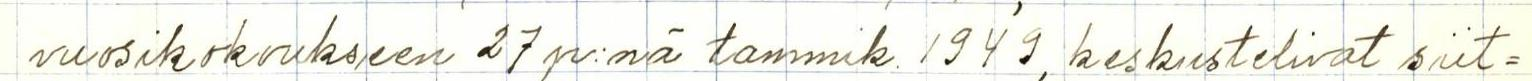
vuosikokoukseen 27 p:nä tammik. 1949, keskustelivat siit=